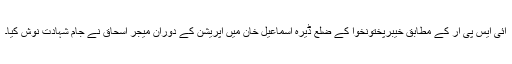
آئی ایس پی آر کے مطابق خیبرپختونخوا کے ضلع ڈیرہ اسماعیل خان میں آپریشن کے دوران میجر اسحاق نے جام شہادت نوش کیا۔